Report of the Indian Hemp Drugs Commission, 1894-1895 - Volume I
Year: 1894
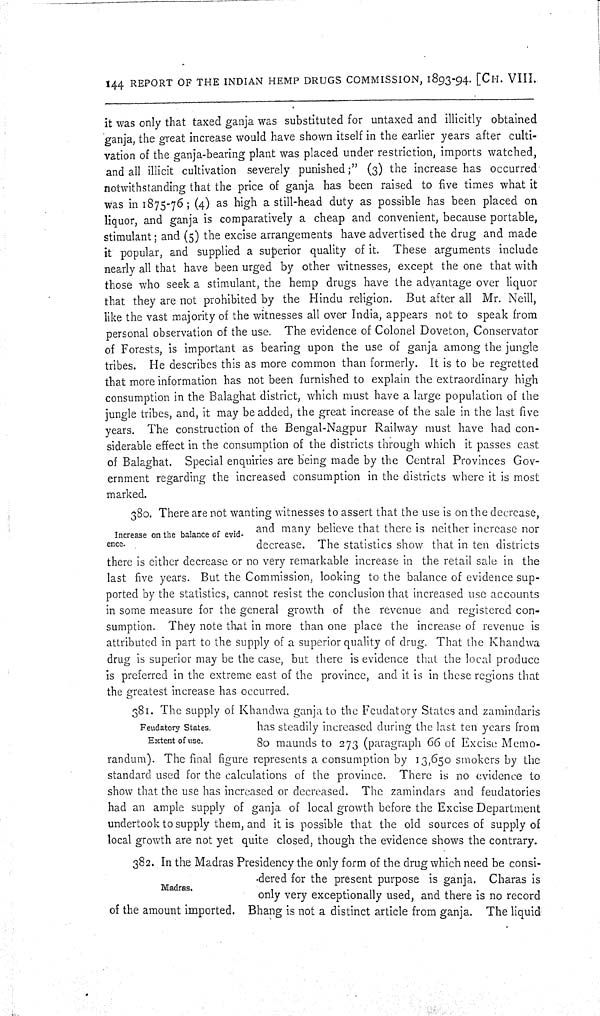
144 REPORT OF THE INDIAN HEMP DRUGS COMMISSION, 1893-94. [CH. VIII.
it was only that taxed ganja was substituted for untaxed and illicitly obtained
ganja, the great increase would have shown itself in the earlier years after culti-
vation of the ganja-bearing plant was placed under restriction, imports watched,
and all illicit cultivation severely punished;" (3) the increase has occurred
notwithstanding that the price of ganja has been raised to five times what it
was in 1875-76; (4) as high a still-head duty as possible has been placed on
liquor, and ganja is comparatively a cheap and convenient, because portable,
stimulant; and (5) the excise arrangements have advertised the drug and made
it popular, and supplied a superior quality of it. These arguments include
nearly all that have been urged by other witnesses, except the one that with
those who seek a stimulant, the hemp drugs have the advantage over liquor
that they are not prohibited by the Hindu religion. But after all Mr. Neill,
like the vast majority of the witnesses all over India, appears not to speak from
personal observation of the use. The evidence of Colonel Doveton, Conservator
of Forests, is important as bearing upon the use of ganja among the jungle
tribes. He describes this as more common than formerly. It is to be regretted
that more information has not been furnished to explain the extraordinary high
consumption in the Balaghat district, which must have a large population of the
jungle tribes, and, it may be added, the great increase of the sale in the last five
years. The construction of the Bengal-Nagpur Railway must have had con-
siderable effect in the consumption of the districts through which it passes east
of Balaghat. Special enquiries are being made by the Central Provinces Gov-
ernment regarding the increased consumption in the districts where it is most
marked.
Increase on the balance of evid-
ence.
380. There are not wanting witnesses to assert that the use is on the decrease,
and many believe that there is neither increase nor
decrease. The statistics show that in ten districts
there is either decrease or no very remarkable increase in the retail sale in the
last five years. But the Commission, looking to the balance of evidence sup-
ported by the statistics, cannot resist the conclusion that increased use accounts
in some measure for the general growth of the revenue and registered con-
sumption. They note that in more than one place the increase of revenue is
attributed in part to the supply of a superior quality of drug. That the Khandwa
drug is superior may be the case, but there is evidence that the local produce
is preferred in the extreme east of the province, and it is in these regions that
the greatest increase has occurred.
Feudatory States.
Extent of use.
381. The supply of Khandwa ganja to the Feudatory States and zamindaris
has steadily increased during the last ten years from
80 maunds to 273 (paragraph 66 of Excise Memo-
randum). The final figure represents a consumption by 13,650 smokers by the
standard used for the calculations of the province. There is no evidence to
show that the use has increased or decreased. The zamindars and feudatories
had an ample supply of ganja of local growth before the Excise Department
undertook to supply them, and it is possible that the old sources of supply of
local growth are not yet quite closed, though the evidence shows the contrary.
Madras.
382. In the Madras Presidency the only form of the drug which need be consi-
dered for the present purpose is ganja. Charas is
only very exceptionally used, and there is no record
of the amount imported. Bhang is not a distinct article from ganja. The liquid